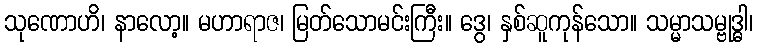
သုဏောဟိ၊ နာလော့။ မဟာရာဇ၊ မြတ်သောမင်းကြီး။ ဒွေ၊ နှစ်ဆူကုန်သော။ သမ္မာသမ္ဗုဒ္ဓါ၊